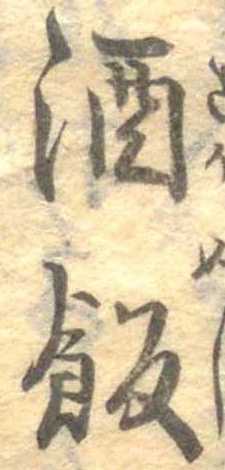
酒飯